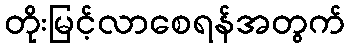
တိုးမြင့်လာစေရန်အတွက်